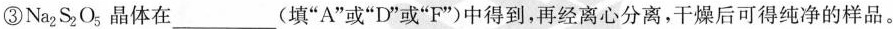
③Na_{2}S_{2}O_{5}晶体在___(填“A”或“I”或“F”)中得到，再经离心分离，干燥后可得纯净的样品。